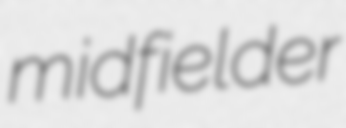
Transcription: midfielder